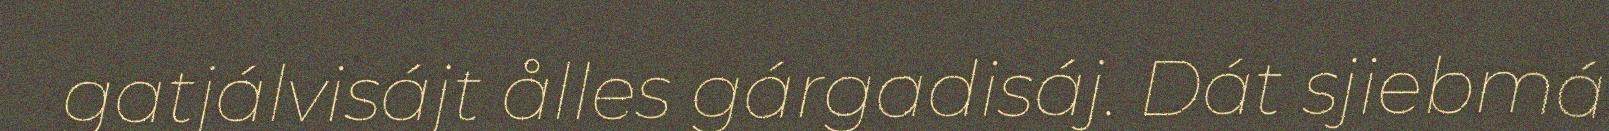
gatjálvisájt ålles gárgadisáj. Dát sjiebmá